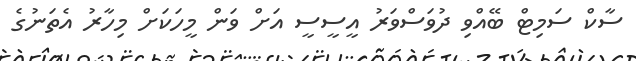
ސާކް ސަމިޓް ބޭއްވި ދުވަސްވަރު އީސީސީ އަށް ވަން މީހަކަށް މިހާރު އެތަނުގެ